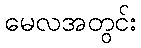
မေလအတွင်း